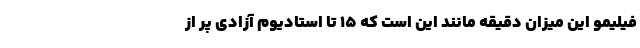
فیلیمو این میزان دقیقه مانند این است که ۱۵ تا استادیوم آزادی پر از